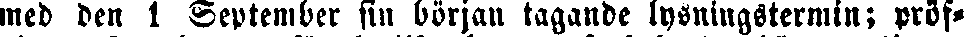
med den 1 September sin början tagande lysningstermin; pröf-